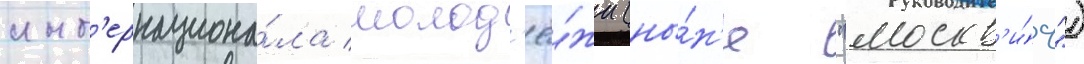
инт'ернациона́ла молод'ё́жи (ны́н'е "москв'и́ч")